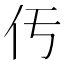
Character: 𠆬